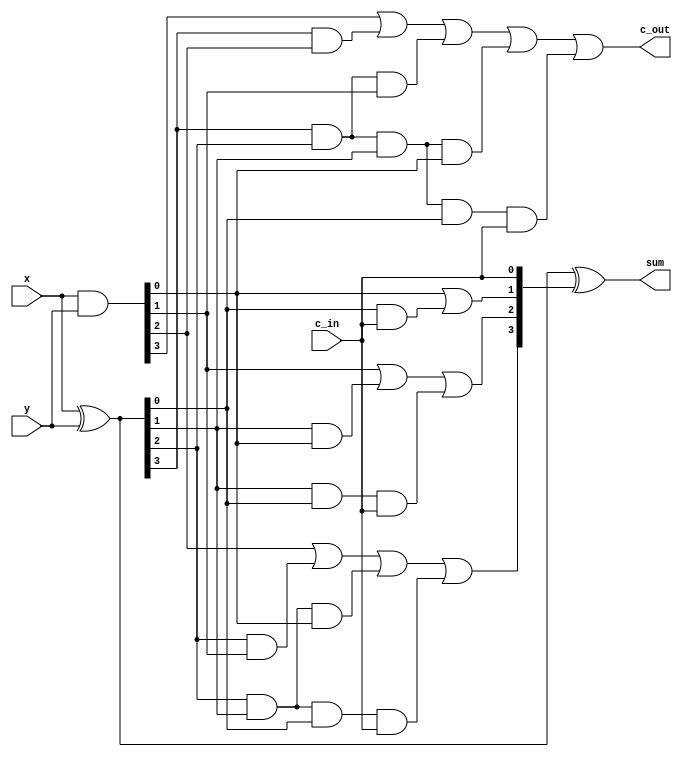
`timescale 1ns / 1ps
//////////////////////////////////////////////////////////////////////////////////
// Company: 
// Engineer: 
// 
// Design Name: 
// Module Name:    CLA 
// Project Name: 
// Target Devices: 
// Tool versions: 
// Description: 
//
// Dependencies: 
//
// Revision: 
// Revision 0.01 - File Created
// Additional Comments: 
//
//////////////////////////////////////////////////////////////////////////////////
module CLA(c_out,sum,x,y,c_in);
input [3:0] x ,y;
input c_in;
output [3:0] sum;
output c_out;
wire [3:0] G,P,C;
assign G = x&y;
assign P = x^y;
wire c1 ,c2 ,c3;
assign C[0] = c_in;
assign C[1] = G[0] | (P[0]&C[0]);
assign C[2] = G[1] | (P[1]&G[0]) | (P[1]&P[0]&C[0]) ;
assign C[3] = G[2] | (P[2]&G[1]) | (P[2]&P[1]&G[0]) | (P[2]&P[1]&P[0]&C[0]);
assign c_out = G[3]| (P[3]&G[2]) | (P[3]&P[2]&G[1]) | (P[3]&P[2]&P[1]&G[0]) | (P[3]&P[2]&P[1]&P[0]&C[0]);
assign sum = P ^ C;
endmodule